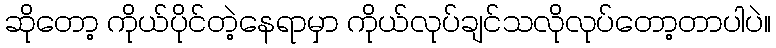
ဆိုတော့ ကိုယ်ပိုင်တဲ့နေရာမှာ ကိုယ်လုပ်ချင်သလိုလုပ်တော့တာပါပဲ။